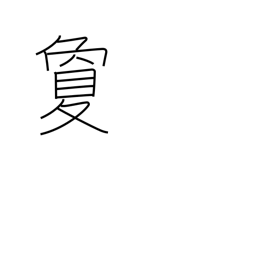
Meaning: far